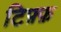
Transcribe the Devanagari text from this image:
टिफ़्फ़